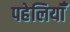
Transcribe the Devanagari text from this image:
पहेलियॉंँ